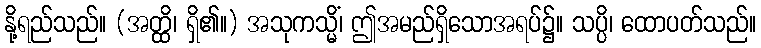
နို့ရည်သည်။ (အတ္ထိ၊ ရှိ၏။) အသုကသ္မိံ၊ ဤအမည်ရှိသောအရပ်၌။ သပ္ပိ၊ ထောပတ်သည်။